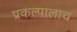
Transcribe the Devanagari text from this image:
प्रकल्पालाच